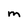
Character: M